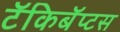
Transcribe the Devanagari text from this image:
टॅकिबॅप्टस